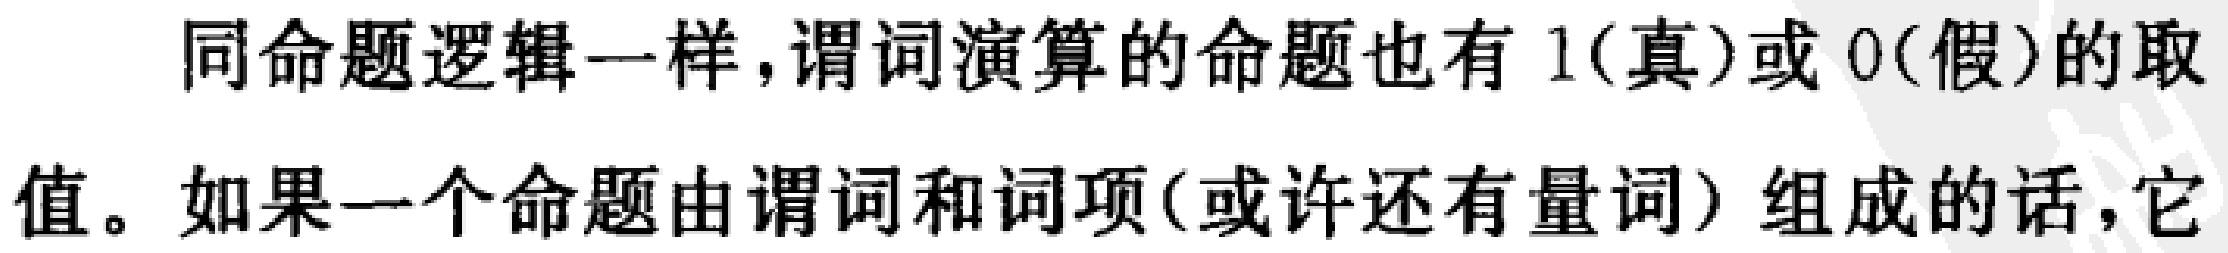
同命题逻辑一样,谓词演算的命题也有 \(1\)(真)或 \(0\)(假)的取值。如果一个命题由谓词和词项(或许还有量词) 组成的话,它